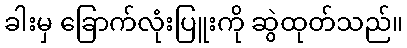
ခါးမှ ခြောက်လုံးပြူးကို ဆွဲထုတ်သည်။